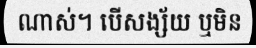
ណាស់។ បើសង្ស័យ ឬមិន